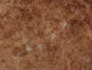
تحقيقي